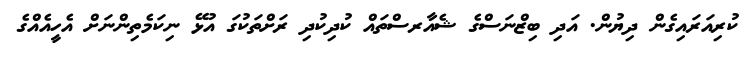
ކުރިއަރައިގެން ދިޔުން. އަދި ބިޒްނަސްގެ ޝެއާރސްތައް ކުދިކުދި ރަށްތަކުގަ އުޅޭ ނިކަމެތިންނަށް އެހީއެއްގެ